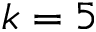
k = 5